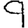
Digit: 9